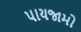
પાયજામો